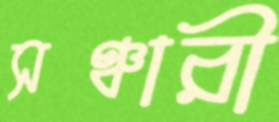
সঞ্চারী